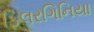
ફિલરગિનિયા